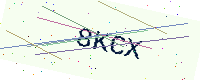
Text: 8KCX